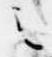
之